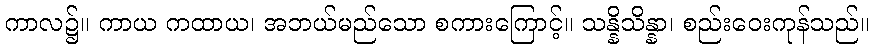
ကာလ၌။ ကာယ ကထာယ၊ အဘယ်မည်သော စကားကြောင့်။ သန္နိသိန္နာ၊ စည်းဝေးကုန်သည်။